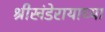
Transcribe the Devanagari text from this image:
श्रीखंडेरायाच्या